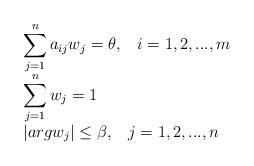
LaTeX: \begin{align*}\begin{array}{ll} \displaystyle\sum_{j=1}^{n}a_{ij}w_j=\theta,\;\;\;i=1,2,...,m\\ \displaystyle\sum_{j=1}^{n}w_j=1\\ \lvert argw_j\rvert\leq\beta,\;\;\;j=1,2,...,n \end{array} \end{align*}